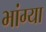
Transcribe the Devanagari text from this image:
भांग्या